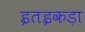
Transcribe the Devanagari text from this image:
इतइकड़ा